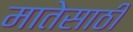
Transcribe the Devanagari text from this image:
मातेसाठी